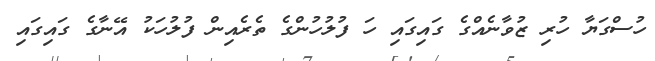
ހުސްގަޔާ ހުރި ޒުވާނެއްގެ ގައިގައި ހަ ފުލުހުންގެ ތެރެއިން ފުލުހަކު އޭނާގެ ގައިގައި